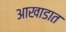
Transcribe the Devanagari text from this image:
आखाडात